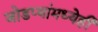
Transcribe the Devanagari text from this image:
जोडप्यांमध्येही